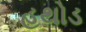
હથોડ